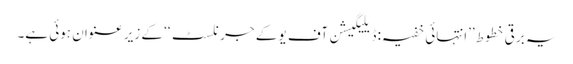
یہ برقی خطوط ’’انتہائی خفیہ: ڈیلیگیشن آف یو کے جرنلسٹ‘‘ کے زیر عنوان ہوئی ہے۔